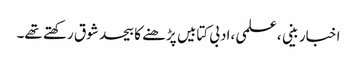
اخبار بینی ،علمی ،ادبی کتابیں پڑھنے کا بیحد شوق رکھتے تھے۔